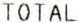
TOTAL